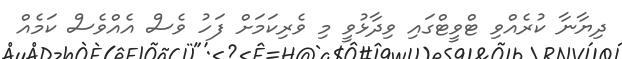
ދިޔާނާ ކުރެއްވި ޓްވީޓްގައި ވިދާޅުވީ މި ވެރިކަމަށް ފަހު ވެސް އެއްވެސް ކަމެއް